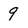
Character: 9